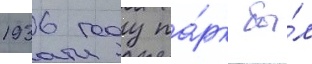
1936 году па́рк бы́л